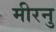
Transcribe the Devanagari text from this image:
मीरनु